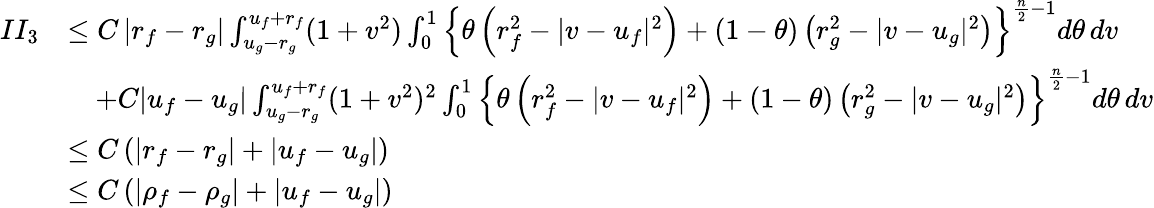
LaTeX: \begin{array}{r}{\begin{array}{rl}{II_{3}}&{\le C\left|r_{f}-r_{g}\right|\int_{u_{g}-r_{g}}^{u_{f}+r_{f}}(1+v^{2})\int_{0}^{1}\left\{ \theta\left(r_{f}^{2}-|v-u_{f}|^{2}\right)+(1-\theta)\left(r_{g}^{2}-|v-u_{g}|^{2}\right)\right\} ^{\frac n2-1}d\theta\, dv}\\ &{\quad+C|u_{f}-u_{g}|\int_{u_{g}-r_{g}}^{u_{f}+r_{f}}(1+v^{2})^{2}\int_{0}^{1}\left\{ \theta\left(r_{f}^{2}-|v-u_{f}|^{2}\right)+(1-\theta)\left(r_{g}^{2}-|v-u_{g}|^{2}\right)\right\} ^{\frac n2-1}d\theta\, dv}\\ &{\le C\left(\left|r_{f}-r_{g}\right|+|u_{f}-u_{g}|\right)}\\ &{\le C\left(|\rho_{f}-\rho_{g}|+|u_{f}-u_{g}|\right)}\end{array}}\end{array}